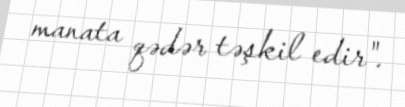
manata qədər təşkil edir".